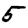
Digit: 5